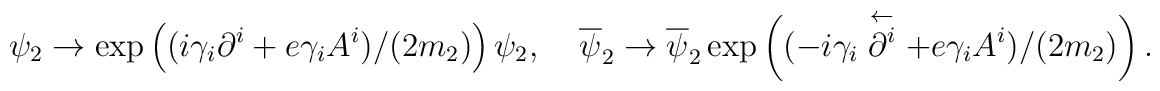
\psi_2\rightarrow \exp\left((i\gamma_i\partial^i+e\gamma_iA^i)/(2m_2)\right) \psi_2, \ \ \ \ \ \overline \psi_2 \rightarrow \overline \psi_2 \exp\left((-i\gamma_i\stackrel{\leftarrow}{\partial^i}+e\gamma_iA^i)/(2m_2)\right).